Report on inoculation in the plague infected areas of the Punjab and its dependencies from October 1900 to September 1901
Year: 1900
Disease focus: Plague
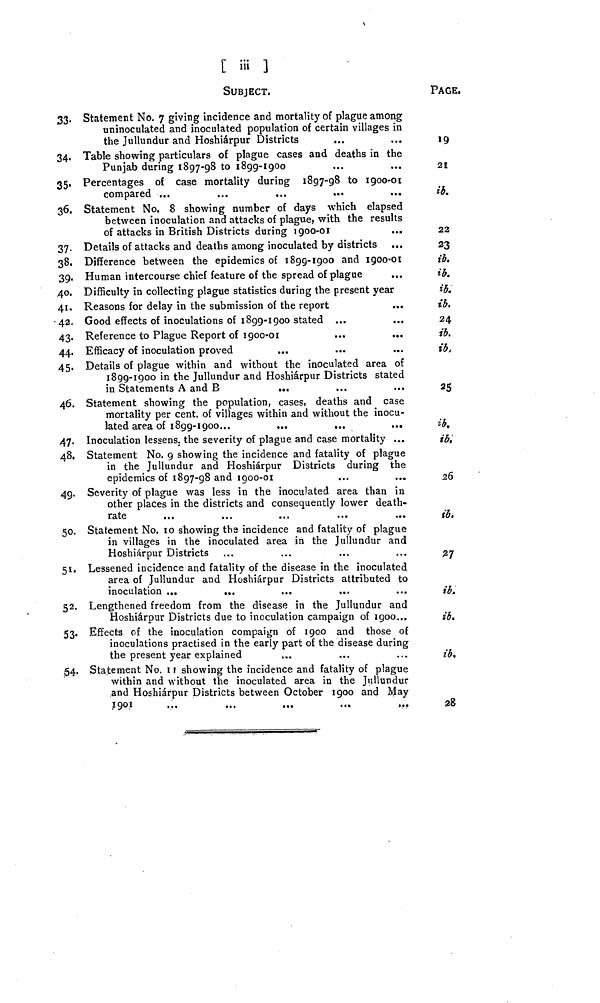
[ iii ]
SUBJECT.
33. Statement No. 7 giving incidence and mortality of plague among
uninoculated and inoculated population of certain villages in
the Jullundur and Hoshiárpur Districts ... ...
34. Table showing particulars of plague cases and deaths in the
Punjab during 1897-98 to 1899-1900 ... ...
35, Percentages of case mortality during 1897-98 to 1900-01
compared ...
...
...
36. Statement No. 8 showing number of days which elapsed
between inoculation and attacks of plague, with the results
of attacks in British Districts during 1900-01
...
37. Details of attacks and deaths among inoculated by districts ...
38. Difference between the epidemics of 1899-1900 and 1900-01
39. Human intercourse chief feature of the spread of plague
40. Difficulty in collecting plague statistics during the present year
41. Reasons for delay in the submission of the report
42. Good effects of inoculations of 1899-1900 stated ...
...
43. Reference to Plague Report of 1900-01
44. Efficacy of inoculation proved
45. Details of plague within and without the inoculated area of
1899-1900 in the Jullundur and Hoshiárpur Districts stated
in Statements A and B ... .... ....
46. Statement showing the population, cases, deaths and case
mortality per cent. of villages within and without the inocu-
lated area of
1899-1900...
....
....
....
47. Inoculation lessens, the severity of plague and case mortality ...
48. Statement No. 9 showing the incidence and fatality of plague
in the Jullundur and Hoshiárpur Districts during the
epidemics of 1897-98 and 1900-01
49. Severity of plague was less in the inoculated area than in
other places in the districts and consequently lower death-
rate
50. Statement No. 10 showing the incidence and fatality of plague
in villages in the inoculated area in the Jullundur and
Hoshiárpur Districts
51. Lessened incidence and fatality of the disease in the inoculated
area of Jullundur and Hoshiárpur Districts attributed to
inoculation ...
...
52. Lengthened freedom from the disease in the Jullundur and
Hoshiárpur Districts due to inoculation campaign of 1900...
53. Effects of the inoculation compaign of 1900 and those of
inoculations practised in the early part of the disease during
the present year explained
§4. Statement No. 11 showing the incidence and fatality of plague
within and without the inoculated area in the Jullundur
and Hoshiárpur Districts between October 1900 and May
1901 ... ... ... ... ...
PAGE,
19
21
ib.
22
23
ib.
ib.
ib.
ib.
24
ib.
ib,
25
ib.
ib.
26
id,
27
id.
ib.
ib.
28